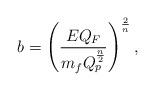
LaTeX: \begin{align*}b=\left({{EQ_F}\over{m_fQ^{n\over 2}_p}}\right)^{2\over n},\end{align*}